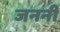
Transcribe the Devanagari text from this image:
जननीं